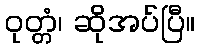
ဝုတ္တံ၊ ဆိုအပ်ပြီ။